Vaccination returns of the Province of Eastern Bengal and Assam - 1905-1912
Year: 1905
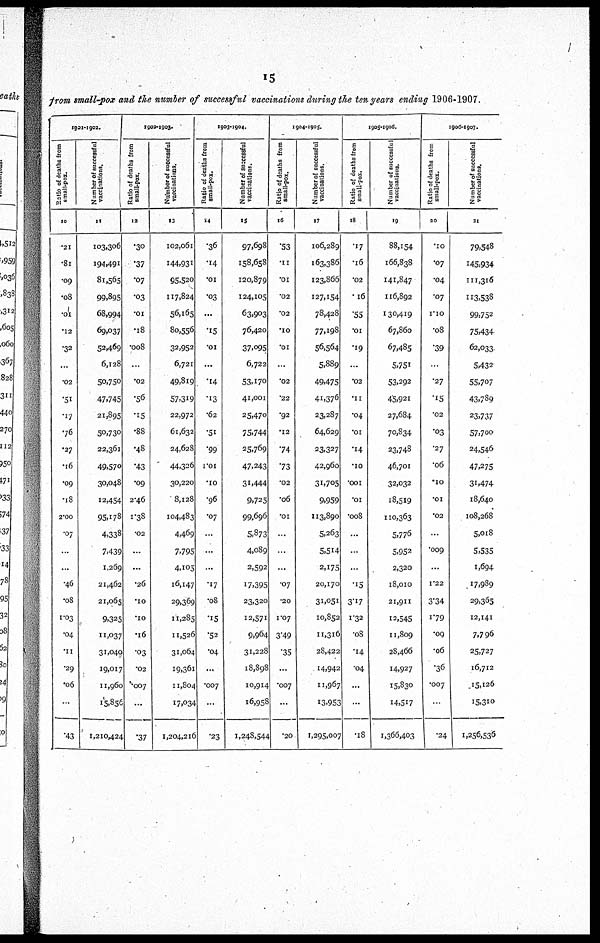
15
from small-pox and the number of successful vaccinations during the ten years ending 1906-1907.
1991-1902.
Ratio of deaths from
small-pox.
10
.21
.81
.09
.08
.01
.12
.32
...
.02
.51
.17
.76
.27
.16
.09
.18
2.00
.07
...
...
.46
.08
1.03
.04
.11
.29
.06
...
.43
Number of successful
vaccinations.
11
103,306
194,491
81,565
99,895
68,994
69,037
52,469
6,128
50,750
47,745
21,895
50,730
22,361
49,570
30,048
12,454
95,178
4,338
7,439
1,269
21,462
21,065
9,325
11,037
31,040
19,017
11,960
15,856
1,210,424
1902-1903.
Ratio of deaths from
small-pox.
12
.30
.37
.07
.03
.01
.18
.008
...
.02
.56
.15
.88
.48
.43
.09
2.46
1.38
.02
...
...
.26
.10
.10
.16
.03
.02
.007
...
.37
Number of successful
vaccinations.
13
102,061
144,931
95,520
117,824
56,165
80,556
32,952
6,721
49,819
57,319
22,972
61,632
24,628
44,326
30,220
8,128
104,483
4,469
7,795
4,105
16,147
29,369
11,285
11,526
31,064
19,361
11,804
17,034
1,204,216
1903-1904.
Ratio of deaths from
small-pox.
14
.36
.14
.01
.03
...
.15
.01
...
.14
.13
.62
.51
.99
1.01
.10
.96
.07
...
...
...
.17
.08
.15
.52
.04
...
.007
...
.23
Number of successful
vaccinations.
15
97,698
158,658
120,879
124,105
63,903
76,420
37,095
6,722
53,170
41,001
25,470
75,744
25,769
47,243
31,444
9,725
99,696
5,873
4,089
2,592
17,395
23,320
12,571
9,964
31,228
18,898
10,914
16,958
1,248,544
1904-1905.
Ratio of deaths from
small-pox.
16
.53
.11
.01
.02
.02
.10
.01
...
.02
.22
.92
.12
.74
.73
.02
.06
.01
...
...
...
.07
.20
1.07
3.49
.35
...
.007
...
.20
Number of successful
vaccinations.
17
106,289
163,386
123,866
127,154
78,428
77,198
56,564
5,889
49,475
41,376
23,287
64,629
23,327
42,960
31,705
9,959
113.890
5,263
5,514
2,175
20,170
31,051
10,852
11,316
28,422
14,942
11,967
13,953
1,295,007
1905-1906.
Ratio of deaths from
small-pox.
18
.17
.16
.02
.16
.55
.01
.19
...
.02
.11
.04
.01
.14
.10
.001
.01
.008
...
...
...
.15
3.17
1.32
.08
.14
.04
...
...
.18
Number of successful
vaccinations.
19
88,154
166,838
141,847
116,892
130,419
67,860
67,485
5,751
53,292
45,921
27,684
70,834
23,748
46,701
32,032
18,519
110,363
5,776
5,952
2,320
12,010
21,911
12,545
11,809
28,466
14,927
15,830
14,517
1,366,403
1906-1907.
Ratio of deaths from
small-pox.
20
.10
.07
.04
.07
1.10
.08
.39
...
.27
.15
.02
.03
.27
.06
.10
.01
.02
...
.009
...
1.22
3.34
1.79
.09
.06
.36
.007
...
.24
Number of successful
vaccinations.
21
79,548
145,934
111,316
113,538
99,752
75,434
62,033
5,432
55,707
43,789
23,737
57,700
24,546
47,275
31,474
18,640
108,268
5,018
5,535
1,694
17,989
29,365
12,141
7,796
25,727
16,712
15,126
15,310
1,256,536